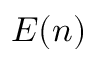
E ( n )